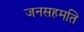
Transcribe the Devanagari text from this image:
जनसहमति